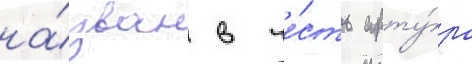
на́зван в че́сть арту́ра